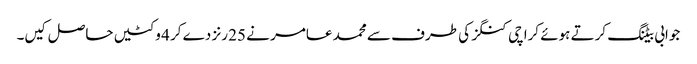
جوابی بیٹنگ کرتے ہوئے کراچی کنگز کی طرف سے محمد عامر نے 25 رنز دے کر 4 وکٹیں حاصل کیں۔